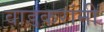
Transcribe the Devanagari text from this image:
वाडकरांनी